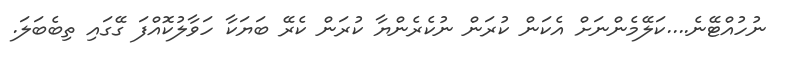
ނުހުއްޓޭނެ....ކަލޭމެންނަށް އެކަން ކުރަން ނުކެރެންޔާ ކުރަން ކެރޭ ބަޔަކާ ހަވާލުކޮއްފަ ގޭގައި ތިބެބަލަ.